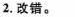
2.改错。